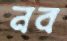
নব